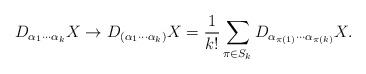
LaTeX: \begin{align*}D_{\alpha_1\cdots\alpha_k}X\to D_{(\alpha_1\cdots\alpha_k)}X= \frac{1}{k!}\sum_{\pi\in S_k} D_{\alpha_{\pi(1)}\cdots\alpha_{\pi(k)}}X.\end{align*}